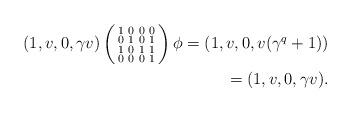
LaTeX: \begin{align*} (1,v,0, \gamma v) \left( \begin{smallmatrix}1 & 0 & 0 & 0 \\0 & 1 & 0 & 1 \\1 & 0 & 1 & 1\\0 & 0 & 0 & 1 \end{smallmatrix} \right)\phi = (1, v, 0, v(\gamma^q +1) )\\ = (1,v,0,\gamma v).\end{align*}